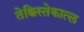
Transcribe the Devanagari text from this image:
तेक्किस्तेकात्ल